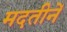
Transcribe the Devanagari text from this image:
मदतीनें